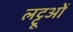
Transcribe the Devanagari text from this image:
लट्टूओं